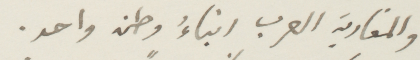
والمغاربة العرب ابناء وطن واحد.